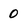
Character: 0